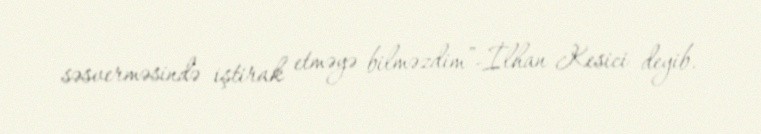
səsverməsində iştirak etməyə bilməzdim”-İlhan Kesici deyib.